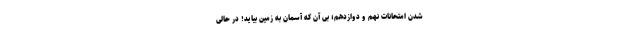
شدن امتحانات نهم و دوازدهم؛ بی آن که آسمان به زمین بیاید! در حالی